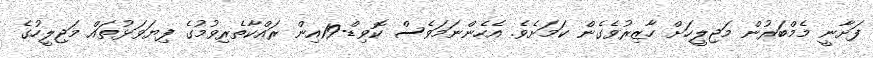
ފަށާނީ މެމްބަރުން މަޖިލީހަށް ހާޒިރުވެގެން ކަމަށެވެ. އެހެންނަމަވެސް ކޮވިޑް-19އިން ރައްކާތެރިވުމުގެ ފިޔަވަޅުތައް މަޖިލީހުގެ